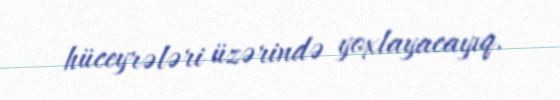
hüceyrələri üzərində yoxlayacayıq.